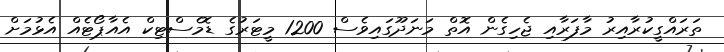
ތަރައްގީކުރާއިރު މާފަރާއި ޖެހިގެން އޮތް މަނަދޫގައިވެސް 1200 މީޓަރުގެ ޑޮމެސްޓިކް އެއާޕޯޓެއް އެޅުމަށް